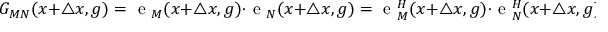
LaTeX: G _ { M N } ( x + \triangle x , g ) = \mathrm { \boldmath { ~ e ~ } } _ { M } ( x + \triangle x , g ) \cdot \mathrm { \boldmath { ~ e ~ } } _ { N } ( x + \triangle x , g ) = \mathrm { \boldmath { ~ e ~ } } _ { M } ^ { H } ( x + \triangle x , g ) \cdot \mathrm { \boldmath { ~ e ~ } } _ { N } ^ { H } ( x + \triangle x , g ) .